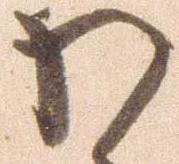
わ